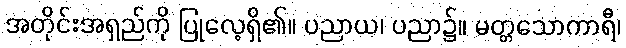
အတိုင်းအရှည်ကို ပြုလေ့ရှိ၏။ ပညာယ၊ ပညာ၌။ မတ္တသောကာရီ၊